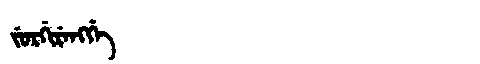
Manchu: ᠵᡠᡵᡤᡳᡵᡝᠩᡤᡝ
Romanization: JURGIRENGGE